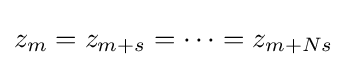
{\textstyle z_{m}=z_{m+s}=\dots =z_{m+Ns}}